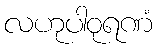
လဟုပါဝုရဏံ